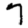
Digit: 7